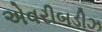
એવરીબડીઝ